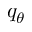
q _ { \theta }